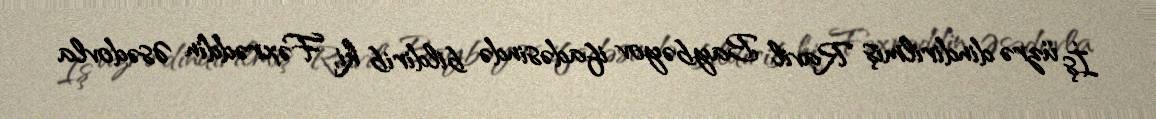
İş üzrə dindirilmiş Ravil Baybəyov ifadəsində bildirib ki, Fəxrəddin Əsədovla